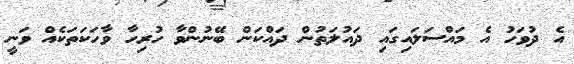
އެ ދުވަހު އެ މައްސަލައިގައި ދައުލަތުން ދައްކަން ބޭނުންވާ ހުރިހާ ވާހަކަތަކެއް ވަނީ